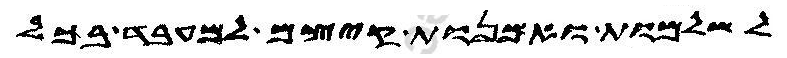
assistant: לשלמות ואמנות קיצם למעבד בכל